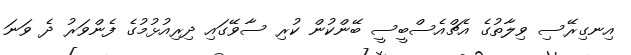
އިނގިރޭސި ވިލާތުގެ އެޗްއެސްބީސީ ބޭންކުން ކުރި ސާވޭގައި ދިރިއުޅުމުގެ ފެންވަރު ދެ ވަނަ